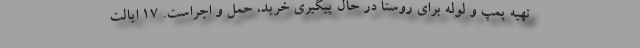
تهیه پمپ و لوله برای روستا در حال پیگیری خرید، حمل و اجراست. ۱۷ ایالت